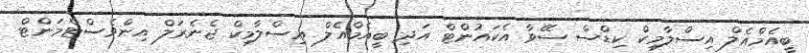
ބީއެމްއެލް އިސްލާމިކް ކިޑްސް ސޭވާ އެކައުންޓް އަދި ބީއެމްއެލް އިސްލާމިކް ޖެނެރަލް އިންވެސްޓްމަންޓް